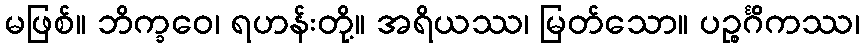
မဖြစ်။ ဘိက္ခဝေ၊ ရဟန်းတို့။ အရိယဿ၊ မြတ်သော။ ပဉ္စင်္ဂိကဿ၊